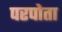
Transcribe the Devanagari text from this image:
परपोता